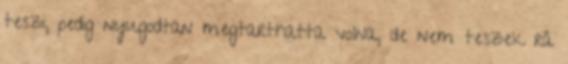
teszi, pedig nyugodtan megtarthatta volna, de nem teszek rá